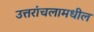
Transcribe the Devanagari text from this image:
उत्तरांचलामधील